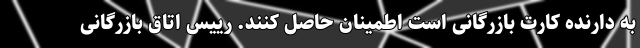
به دارنده کارت بازرگانی است اطمینان حاصل کنند. رییس اتاق بازرگانی